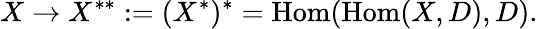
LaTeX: X\to X^{**}:=(X^{*})^{*}=\operatorname{Hom}(\operatorname{Hom}(X,D),D).